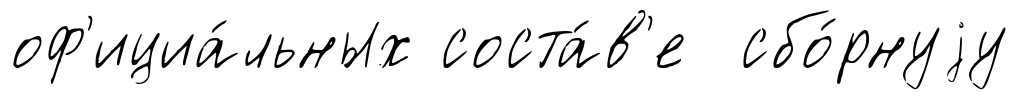
оф'ициа́льных соста́в'е сбо́рнуjу